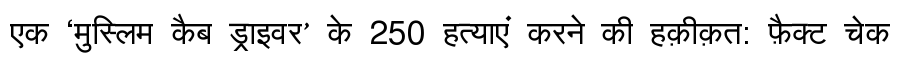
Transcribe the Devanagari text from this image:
एक ‘मुस्लिम कैब ड्राइवर’ के 250 हत्याएं करने की हक़ीक़त: फ़ैक्ट चेक